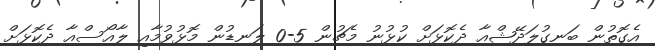
އެގޮތުން ބަނގުލަދޭޝްއާ ދެކޮޅަށް ކުޅުނު މެޗުން 5-0 ލަނޑުން މޮޅުވުމާއި ލާއޯސްއާ ދެކޮޅަށް